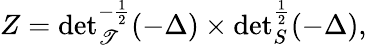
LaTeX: Z={\operatorname*{det}}_{\mathscr{T}}^{-\frac{1}{2}}(-\Delta)\times{\operatorname*{det}}_{S}^{\frac{1}{2}}(-\Delta),